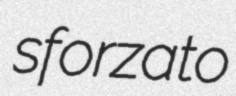
sforzato